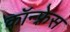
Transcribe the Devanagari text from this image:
कॉन्फ़्रेस